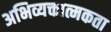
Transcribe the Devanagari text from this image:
अभिव्यक्तात्मकता